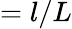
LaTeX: =l/L